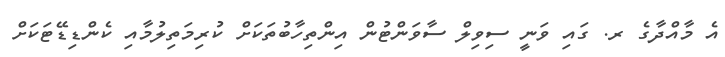
އެ މާއްދާގެ ރ. ގައި ވަނީ ސިވިލް ސާވަންޓުން އިންތިހާބުތަކަށް ކުރިމަތިލުމާއި ކެންޑިޑޭޓަކަށް